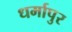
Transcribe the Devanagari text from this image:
धर्मापुर